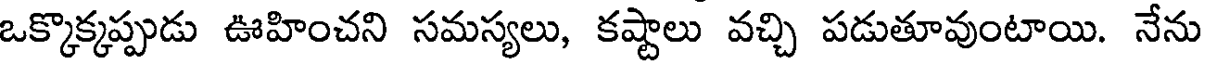
ఒక్కొక్కప్పుడు ఊహించని సమస్యలు, కష్టాలు వచ్చి పడుతూవుంటాయి. నేను